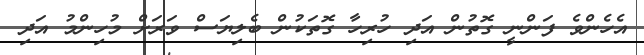
އެހެންވެ ފަންނީ ގޮތުން އަދި ހުރިހާ ގޮތަކުން ބެލިޔަސް ވަރަށް މުހިންމު އަދި